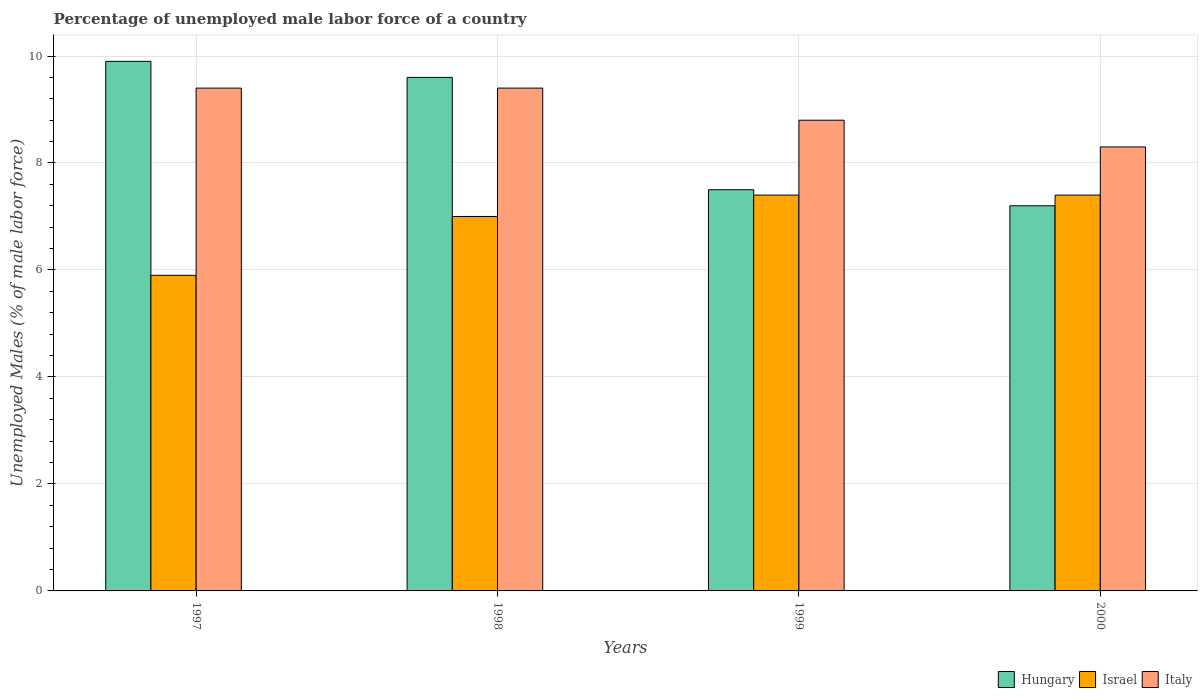
| Years | Hungary | Israel | Italy |
 | --- | --- | --- | --- |
 | 1997 | 9.9 | 5.9 | 9.4 |
 | 1998 | 9.6 | 7 | 9.4 |
 | 1999 | 7.5 | 7.4 | 8.8 |
 | 2000 | 7.2 | 7.4 | 8.3 |